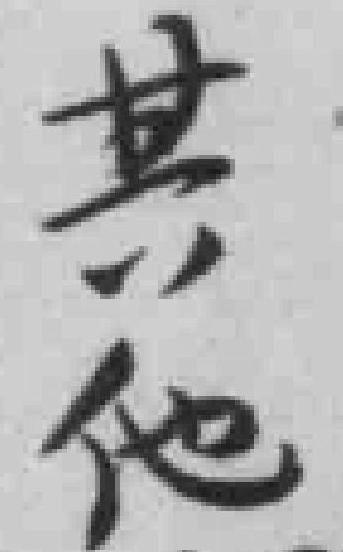
其他